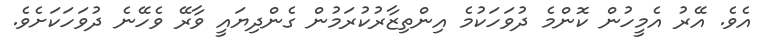
އެވެ. އޭރު އެމީހުން ކޮންމެ ދުވަހަކުމެ އިންތިޒާރުކުރަމުން ގެންދިޔައީ ވާރޭ ވެހޭނެ ދުވަހަކަށެވެ.